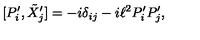
[ P _ { i } ^ { \prime } , \tilde { X } _ { j } ^ { \prime } ] = - i \delta _ { i j } - i \ell ^ { 2 } P _ { i } ^ { \prime } P _ { j } ^ { \prime } ,